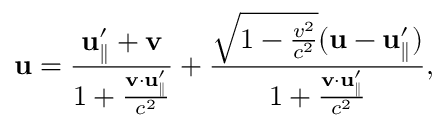
\mathbf { u } = { \frac { \mathbf { u } _ { \parallel } ^ { \prime } + \mathbf { v } } { 1 + { \frac { \mathbf { v } \cdot \mathbf { u } _ { \parallel } ^ { \prime } } { c ^ { 2 } } } } } + { \frac { { \sqrt { 1 - { \frac { v ^ { 2 } } { c ^ { 2 } } } } } ( \mathbf { u } - \mathbf { u } _ { \parallel } ^ { \prime } ) } { 1 + { \frac { \mathbf { v } \cdot \mathbf { u } _ { \parallel } ^ { \prime } } { c ^ { 2 } } } } } ,